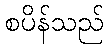
စပိန်သည်